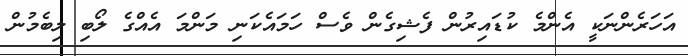
އަހަރެންނަކީ އެންމެ ކުޑައިރުން ފެޝިގެން ވެސް ހަމައެކަނި މަންމަ އެއްގެ ލޯބި ލިބެމުން